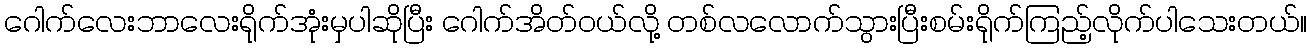
ဂေါက်လေးဘာလေးရိုက်အုံးမှပါဆိုပြီး ဂေါက်အိတ်ဝယ်လို့ တစ်လလောက်သွားပြီးစမ်းရိုက်ကြည့်လိုက်ပါသေးတယ်။